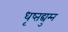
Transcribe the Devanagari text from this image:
धृष्तद्युम्न